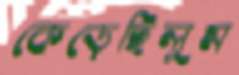
কেড়েছিলুম